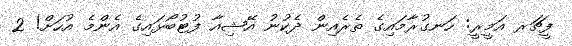
ފީޗަރ އަމީރީ: ހަނގުރާމައިގެ ތެރެއިން ދެކުނު އޭޝިއާ ފުޓުބޯޅައިގެ އެންމެ އުހަށް! 2